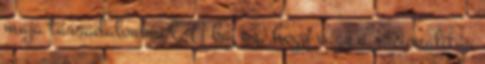
maja társadalommal. A baj az, hogy vagy a racionalitás